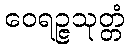
ဝေရဉ္ဇသုတ္တံ